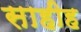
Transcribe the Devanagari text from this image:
साहीह